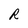
Character: R